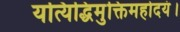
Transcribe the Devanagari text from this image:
यत्यिद्धिमुक्तिमहोदयं।